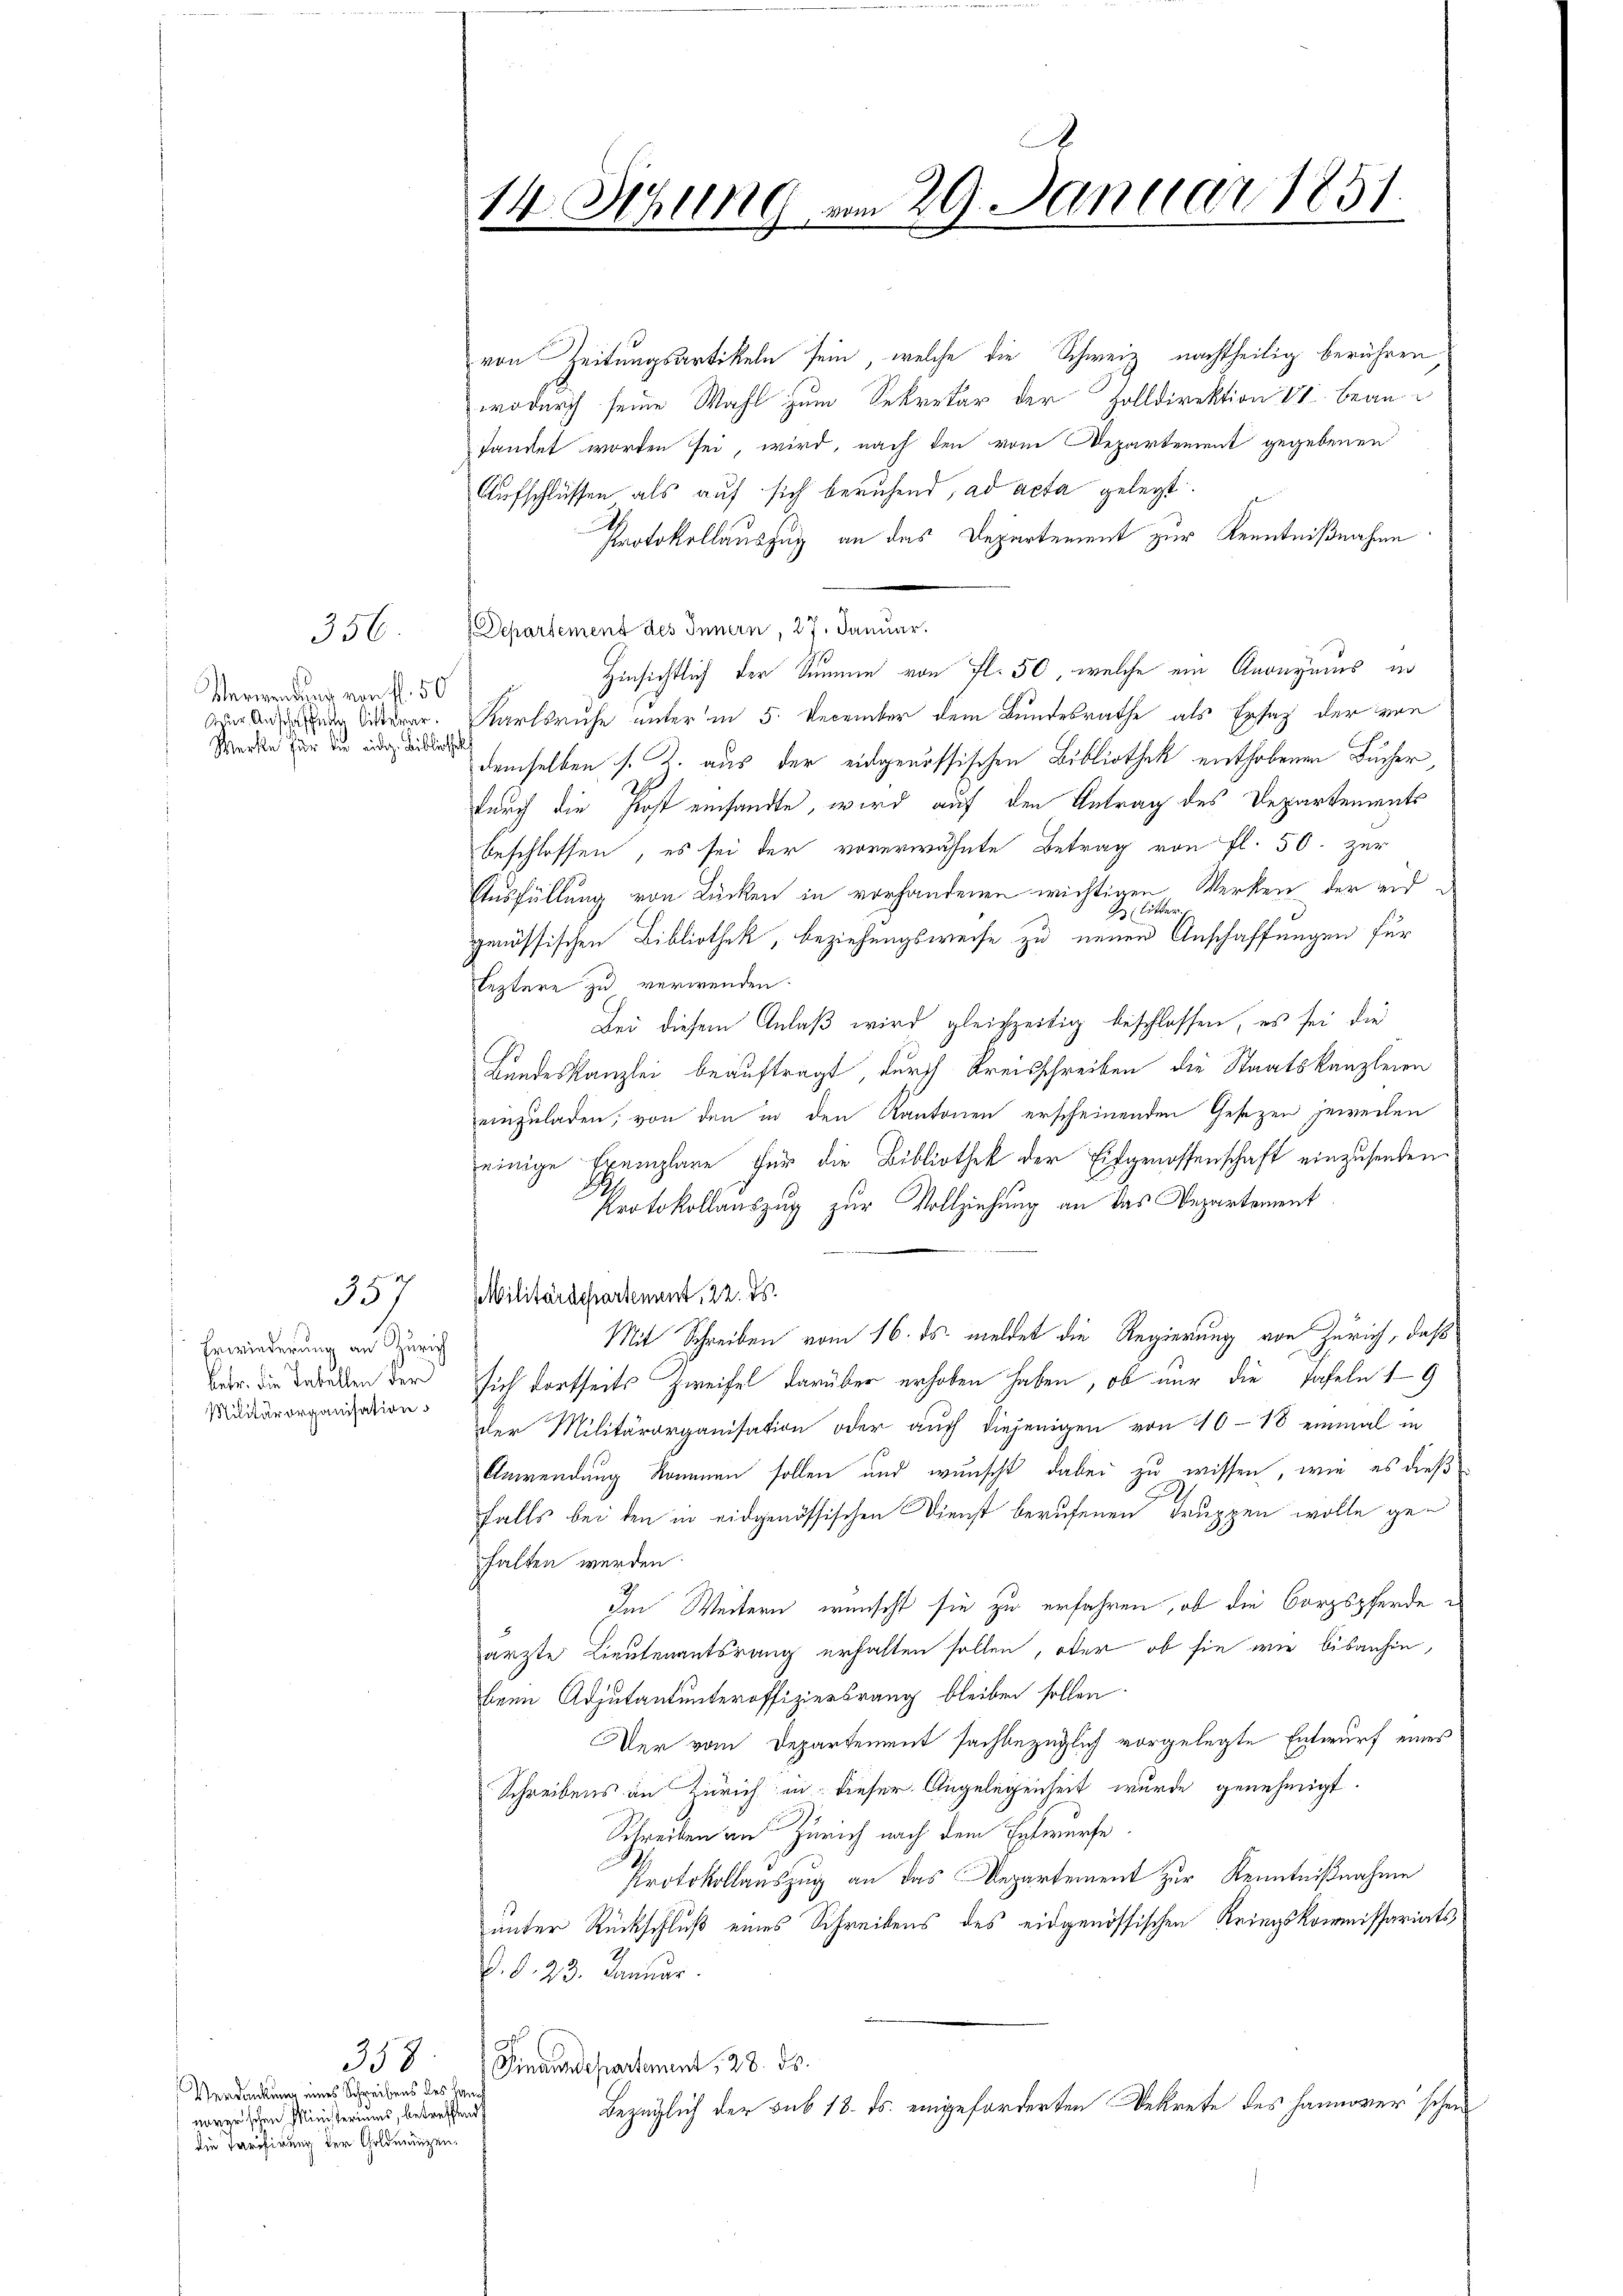
356.

Verwendung von fl. 50
Zur Anschaffung bitterar.
Werke für die eidg. Bibliothek

Erwiederung an Zürich
betr. die Tabellen der
Militärorganisation

357

358
Verdankung eines Schreibens des Haus
naver schen Ministeriums, betreffend
die Tarifirung der Goldmünzen¬

von Zeitungsartikeln sein, welche die Schweiz nachtheilig berühren
wodurch seine Wahl zum Sekretär der Zolldirektion 14 beanfandet worden sei, wird, nach den vom Departement gegebenen
Aufschlüssen als auf sich beruhend, ad acta gelegt.
Protokollauszug an das Departement zur Kenntnißnahme
Departement des Innern, 27. Januar.
Hinsichtlich der Summe von fl. 50, welche ein Anonymus an
Karlsruhe unter in 5. December dem Bundesrathe als Ersatz der von
demselben s. K. aus der eidgenössischen Bibliothek enthobenen Bucher
durch die Post einsandte, wird auf den Antrag des Departements
beschlossen, es sei der vorerwähnte Betrag von fl. 50. zur
Ausfüllung von Rücken in vorhandenen wichtigen Werken der und i
en
43
genössischen Bibliothek, beziehungsweise zu neuen Anschaffungen für
leztere zu verwenden.
Bei diesem Anlaß wird gleichzeitig beschlossen, es sei die
Bundeskanzlei beauftragt, durch Kreisschreiben die Staatskanzleien
einzuladen, von den in den Kantonen erscheinenden Gesetzen jeweilen
einige Exemplare für die Bibliothek der Eidgenossenschaft einzusenden.
Protokollauszug zur Vollziehung an das Departement
MMilitärdepartement, 22. ds.
Mit Schreiben vom 16. ds. meldet die Regierung von Zürich, daß
sich dortseits Zweifel darüber erhoben haben, ob nur die Tafeln 19
der Militärorganisation oder auch diejenigen von 10-18 einmal in
Anwendung kommen sollen und wunscht dabei zu wissen, wie es dieß
falls bei den in eidgenössischen Dienst berufenen Truppen wolle gehalten werden
Im Weitern wünscht sie zu erfahren, ob die Corpspferde
ärzte Lieutenantsrang erhalten sollen, oder ob sie wie bisanhin,
beim Adjutantunteroffiziersrang bleiben sollen.
er vom Departement sachbezüglich vorgelegte Entwurf eines
Schreibens an Zürich in dieser Angelegenheit wurde genehmigt.
Schreiben an Zürich nach dem Entwurfe
Protokollauszug an das Departement zur Kenntnißnahme
unter Rückschluß eines Schreibens des eidgenössischen Kriegskommissariatsd. d. 23. Januar.
Finanzdepartement, 28. ds.
Bezüglich der sub 18. ds. eingeforderten Dekrete des Hannover schen

.
14. Sitzung vom 29. Januar 1851.